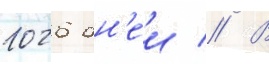
1026 дн'еи // В